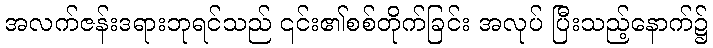
အလက်ဇန်းဒရားဘုရင်သည် ၎င်း၏စစ်တိုက်ခြင်း အလုပ် ပြီးသည့်နောက်၌